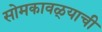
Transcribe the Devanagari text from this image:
सोमकावळ्याची